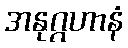
အနုဂ္ဂဟာနံ